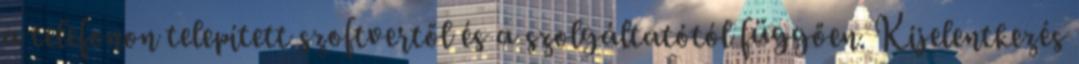
a telefonon telepített szoftvertől és a szolgáltatótól függően. Kijelentkezés